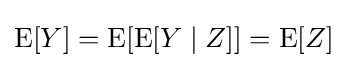
\operatorname {E} [Y]=\operatorname {E} [\operatorname {E} [Y\mid Z]]=\operatorname {E} [Z]